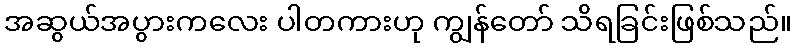
အဆွယ်အပွားကလေး ပါတကားဟု ကျွန်တော် သိရခြင်းဖြစ်သည်။